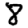
Digit: 8